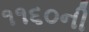
૧૧૬૦ની